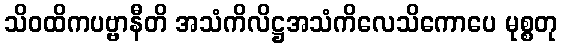
သိဝထိကပဗ္ဗာနီတိ အသံကိလိဋ္ဌအသံကိလေသိကောပေ မုစ္စတု